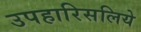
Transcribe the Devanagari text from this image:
उपहारिसलिये